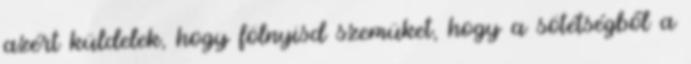
azért küldelek, hogy fölnyisd szemüket, hogy a sötétségből a